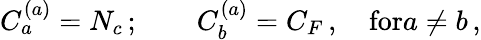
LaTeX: C_{a}^{(a)}=N_{c}\, ;\qquad C_{b}^{(a)}=C_{F}\, ,\quad\mathrm{for}a\ne b\, ,